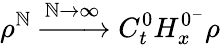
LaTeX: \rho^{\mathbb{N}}\xrightarrow{{\mathbb{N}\rightarrow\infty}}{{C_{t}^{0}H_{x}^{0^{-}}}}\rho